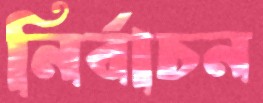
নির্বাচন